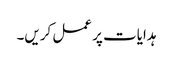
ہدایات پر عمل کریں۔